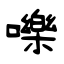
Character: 嚛